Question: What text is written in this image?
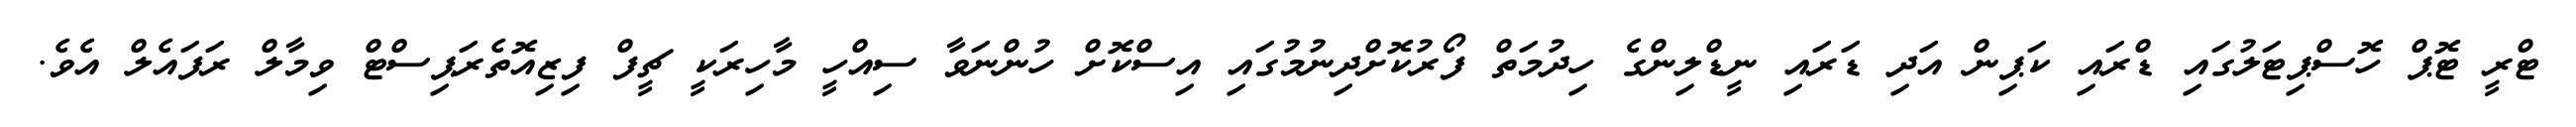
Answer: ޓްރީ ޓޮޕް ހޮސްޕިޓަލުގައި ޑްރައި ކަޕިން އަދި ޑަރައި ނީޑްލިންގެ ހިދުމަތް ފޯރުކޮށްދިނުމުގައި އިސްކޮށް ހުންނަވާ ސިއްހީ މާހިރަކީ ޗީފް ފިޒިއޮތެރަޕިސްޓް ވިމާލް ރަފައެލް އެވެ.